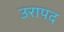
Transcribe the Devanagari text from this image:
उरापद